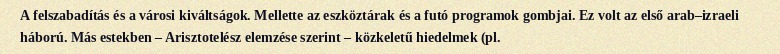
A felszabadítás és a városi kiváltságok. Mellette az eszköztárak és a futó programok gombjai. Ez volt az első arab–izraeli háború. Más estekben – Arisztotelész elemzése szerint – közkeletű hiedelmek (pl.